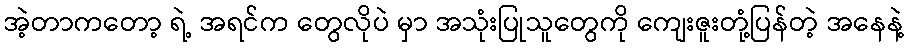
အဲ့တာကတော့ ရဲ့ အရင်က တွေလိုပဲ မှာ အသုံးပြုသူတွေကို ကျေးဇူးတုံ့ပြန်တဲ့ အနေနဲ့